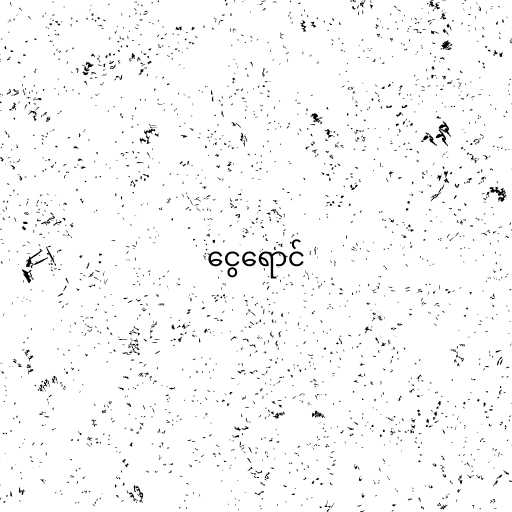
ငွေရောင်